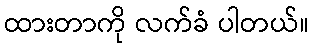
ထားတာကို လက်ခံ ပါတယ်။